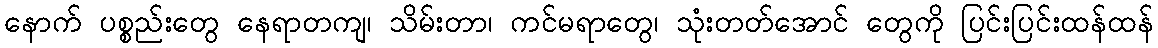
နောက် ပစ္စည်းတွေ နေရာတကျ၊ သိမ်းတာ၊ ကင်မရာတွေ၊ သုံးတတ်အောင် တွေကို ပြင်းပြင်းထန်ထန်